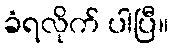
ခံရလိုက် ပါပြီ။